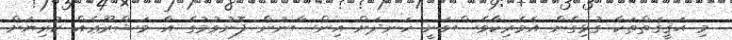
މި ޙަޤީޤަތްތަކާ ގުޅިގެން އެމެރިކާވެސްވަނީ ހަނދަށް އިންސާނުން ފޮނުވުމުގެ އާ މަޝްރޫޢެއް ކުރިޔަށް